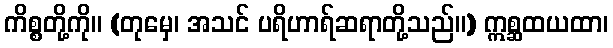
ကိစ္စတို့ကို။ (တုမှေ၊ အသင် ပရိဟာရ်ဆရာတို့သည်။) ဣစ္ဆထယထာ၊